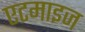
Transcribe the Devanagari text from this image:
एटमाइज